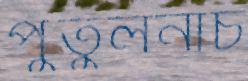
পুতুলনাচ